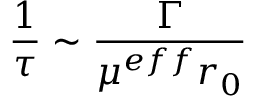
\frac { 1 } { \tau } \sim \frac { \Gamma } { \mu ^ { e f f } r _ { 0 } }